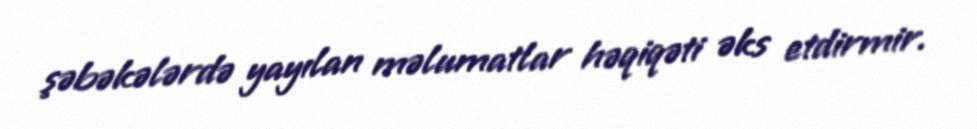
şəbəkələrdə yayılan məlumatlar həqiqəti əks etdirmir.